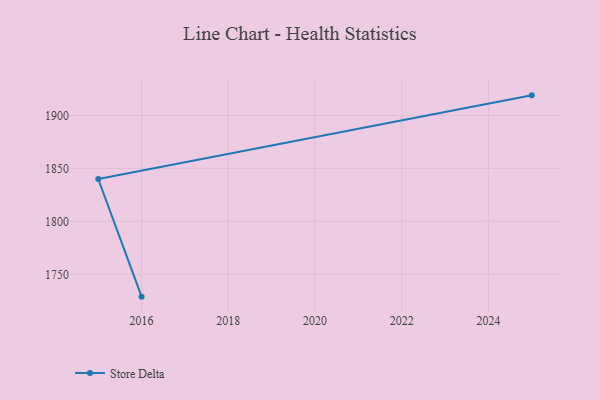
{"axis": {"x": "Year", "y": "Conversion Rate (%)"}, "legend": ["Store Delta"], "data": [{"x": "2025", "y": 1919.0, "type": "Store Delta"}, {"x": "2015", "y": 1840.0, "type": "Store Delta"}, {"x": "2016", "y": 1728.9, "type": "Store Delta"}]}